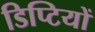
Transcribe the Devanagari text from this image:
डिप्टियों